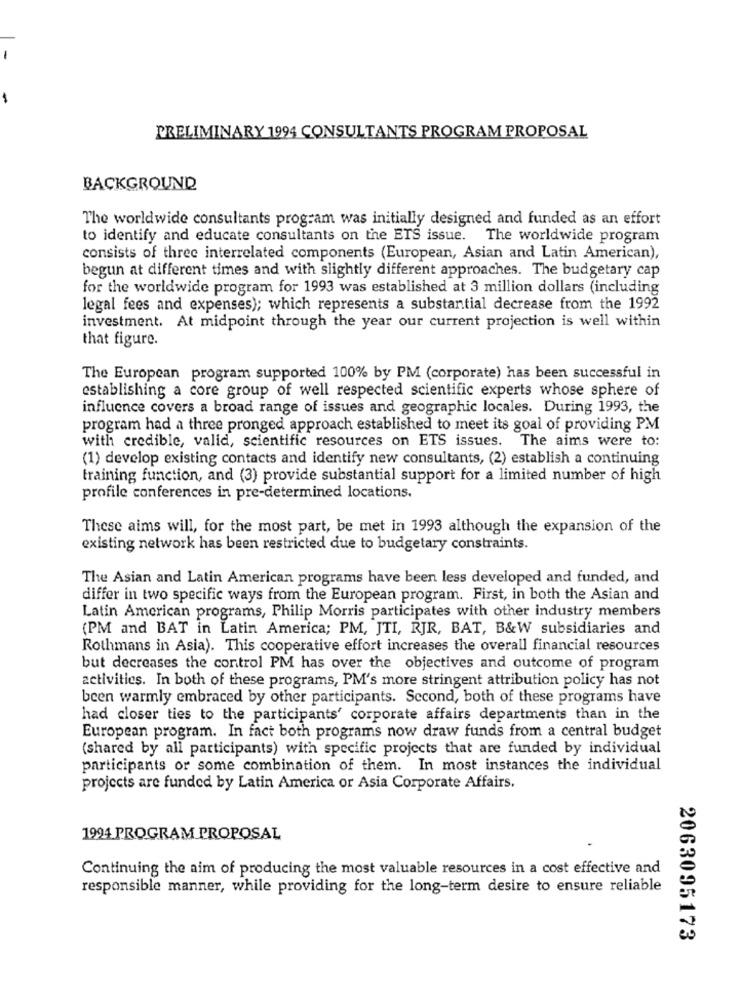
-
PRELIMINARY 1994 CONSULTANTS PROGRAM PROPOSAL
BACKGROUND
The worldwide consultants program was initially designed and funded as an effort
to identify and educate consultants on the ETS issue. The worldwide program
consists of three interrelated components (European, Asian and Latin American),
begun at different times and with slightly different approaches. The budgetary cap
for the worldwide program for 1993 was established at 3 million dollars (including
legal fees and expenses); which represents a substantial decrease from the 1992
investment. At midpoint through the year our current projection is well within
that figure.
The European program supported 100% by PM (corporate) has been successful in
establishing a core group of well respected scientific experts whose sphere of
influence covers a broad range of issues and geographic locales. During 1993, the
program had a three pronged approach established to meet its goal of providing PM
with credible, valid, scientific resources on ETS issues. The aims were to:
(1) develop existing contacts and identify new consultants, (2) establish a continuing
training function, and (3) provide substantial support for a limited number of high
profile conferences in pre-determined locations.
These aims will, for the most part, be met in 1993 although the expansion of the
existing network has been restricted due to budgetary constraints.
The Asian and Latin American programs have been less developed and funded, and
differ in two specific ways from the European program. First, in both the Asian and
Latin American programs, Philip Morris participates with other industry members
(PM and BAT in Latin America; PM, JTI, RJR, BAT, B&W subsidiaries and
Rothmans in Asia). This cooperative effort increases the overall financial resources
but decreases the control PM has over the objectives and outcome of program
activities. In both of these programs, PM's more stringent attribution policy has not
been warmly embraced by other participants. Second, both of these programs have
had closer ties to the participants' corporate affairs departments than in the
European program. In fact both programs now draw funds from a central budget
(shared by all participants) with specific projects that are funded by individual
participants or some combination of them. In most instances the individual
projects are funded by Latin America or Asia Corporate Affairs.
1994 PROGRAM PROPOSAL
Continuing the aim of producing the most valuable resources in a cost effective and
responsible manner, while providing for the long-term desire to ensure reliable
2063095173